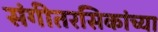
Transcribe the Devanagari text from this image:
संगीतरसिकांच्या